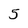
Character: 5